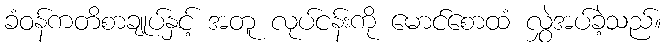
ခံဝန်ကတိစာချုပ်နှင့် အတူ လုပ်ငန်းကို မောင်စောထံ လွှဲအပ်ခဲ့သည်။